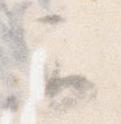
可